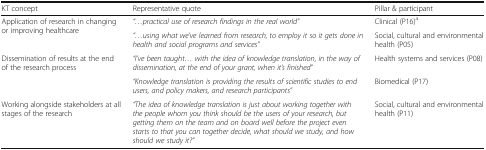
<table><thead><tr><td><b>KT concept</b></td><td><b>Representative quote</b></td><td><b>Pillar &amp; participant</b></td></tr></thead><tbody><tr><td rowspan="2">Application of research in changing or improving healthcare</td><td><i>“...practical use of research findings in the real world”</i></td><td>Clinical (P16)<sup>a</sup></td></tr><tr><td><i>“...using what we’ve learned from research, to employ it so it gets done in health and social programs and services”</i></td><td>Social, cultural and environmental health (P05)</td></tr><tr><td rowspan="2">Dissemination of results at the end of the research process</td><td><i>“I’ve been taught... with the idea of knowledge translation, in the way of dissemination, at the end of your grant, when it’s finished”</i></td><td>Health systems and services (P08)</td></tr><tr><td><i>“Knowledge translation is providing the results of scientific studies to end users, and policy makers, and research participants”</i></td><td>Biomedical (P17)</td></tr><tr><td>Working alongside stakeholders at all stages of the research</td><td><i>“The idea of knowledge translation is just about working together with the people whom you think should be the users of your research, but getting them on the team and on board well before the project even starts to that you can together decide, what should we study, and how should we study it?”</i></td><td>Social, cultural and environmental health (P11)</td></tr></tbody></table>